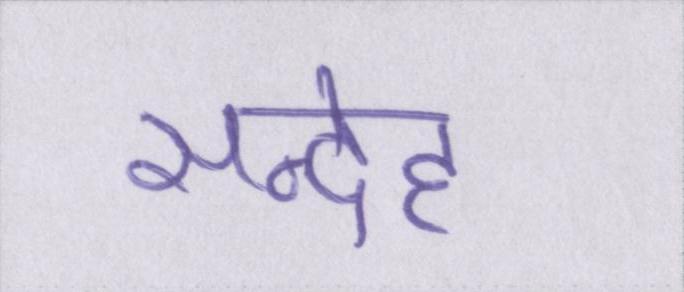
सन्देह